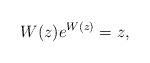
LaTeX: \begin{align*}W(z) e^{W(z)}=z,\end{align*}